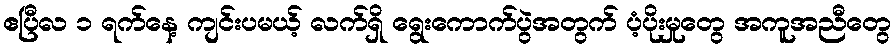
ဧပြီလ ၁ ရက်နေ့ ကျင်းပမယ့် လက်ရှိ ရွေးကောက်ပွဲအတွက် ပံ့ပိုးမှုတွေ အကူအညီတွေ